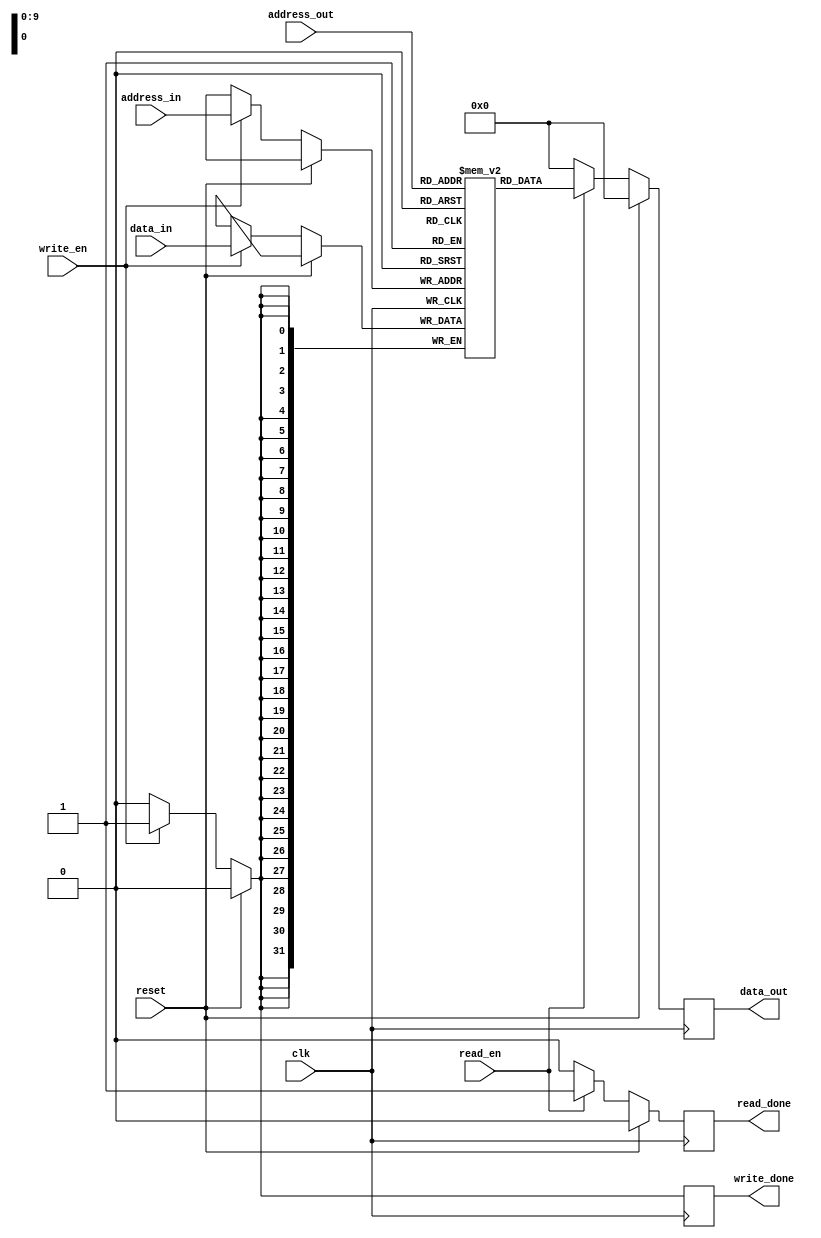
module dual_port_RAM (
    input wire clk,
    input wire reset,
    input wire [31:0] data_in,
    input wire [9:0] address_in,
    input wire write_en,
    output wire [31:0] data_out,
    input wire [9:0] address_out,
    input wire read_en,
    output wire write_done,
    output wire read_done
);

reg [31:0] memory [0:1023]; // 1K x 32 dual-port RAM

reg [31:0] pipeline_data_out;
reg [9:0] pipeline_address_out;
reg pipeline_read_done;
reg pipeline_write_done;

always @(posedge clk) begin
    if (reset) begin
        pipeline_data_out <= 32'b0;
        pipeline_address_out <= 10'b0;
        pipeline_read_done <= 1'b0;
        pipeline_write_done <= 1'b0;
    end else begin
        if (write_en) begin
            memory[address_in] <= data_in;
            pipeline_write_done <= 1'b1;
        end else begin
            pipeline_write_done <= 1'b0;
        end
        
        if (read_en) begin
            pipeline_data_out <= memory[address_out];
            pipeline_address_out <= address_out;
            pipeline_read_done <= 1'b1;
        end else begin
            pipeline_data_out <= 32'b0;
            pipeline_address_out <= 10'b0;
            pipeline_read_done <= 1'b0;
        end
    end
end

assign data_out = pipeline_data_out;
assign write_done = pipeline_write_done;
assign read_done = pipeline_read_done;

endmodule